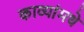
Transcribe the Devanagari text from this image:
काव्यांमधे